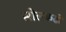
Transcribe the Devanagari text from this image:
सोलकढी